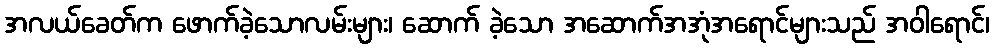
အလယ်ခေတ်က ဖောက်ခဲ့သောလမ်းများ၊ ဆောက် ခဲ့သော အဆောက်အအုံအရောင်များသည် အဝါရောင်၊